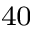
^ { 4 0 }